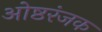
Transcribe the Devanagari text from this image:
ओष्ठरंजक